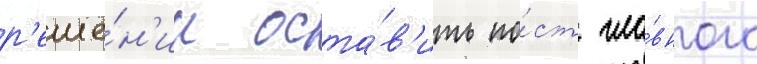
р'еше́н'ии оста́в'ить по́ст гла́вного